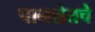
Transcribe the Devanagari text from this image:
पानशेतचे